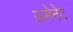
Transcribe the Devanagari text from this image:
ऊमेनेट